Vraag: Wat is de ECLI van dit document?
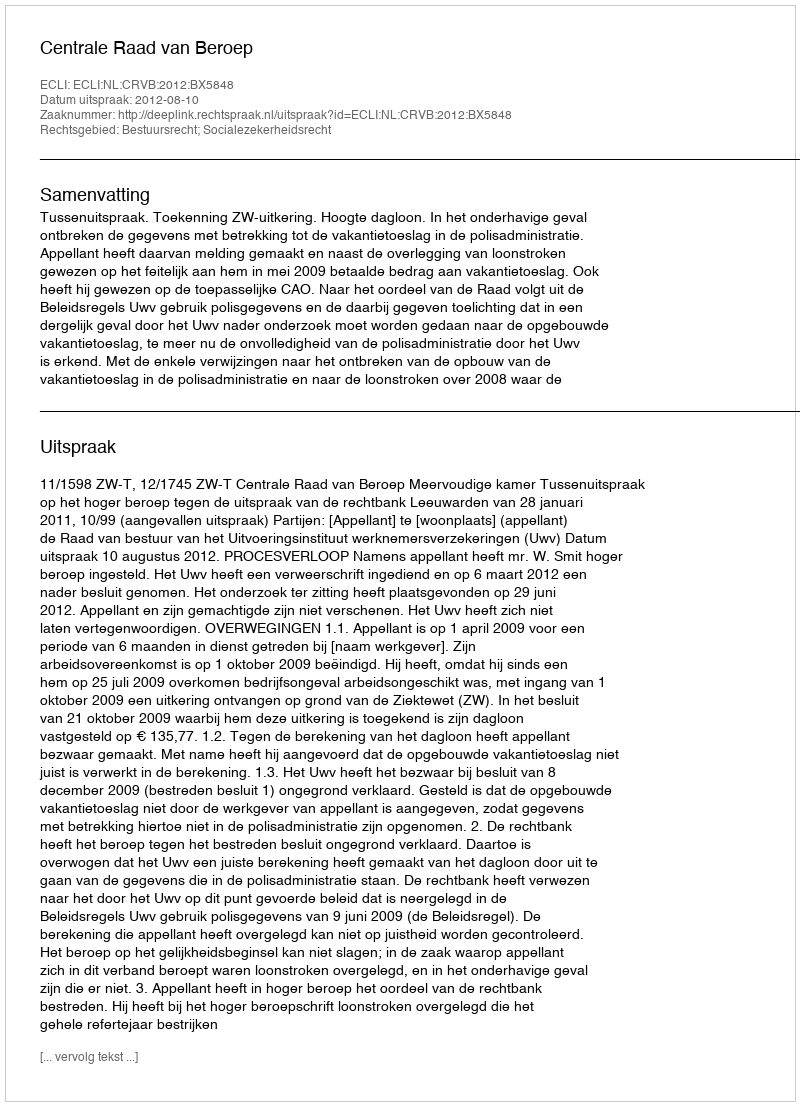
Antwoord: ECLI:NL:CRVB:2012:BX5848